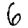
Digit: 6